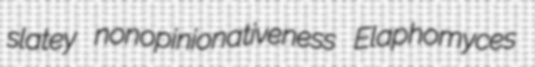
slatey nonopinionativeness Elaphomyces